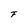
Character: F